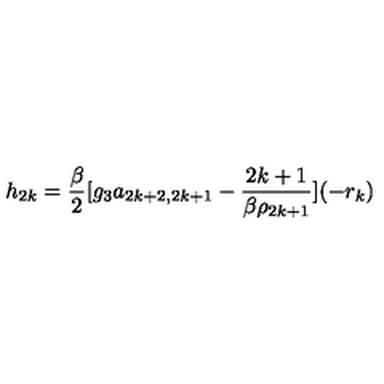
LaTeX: h _ { 2 k } = \frac { \beta } { 2 } [ g _ { 3 } a _ { 2 k + 2 , 2 k + 1 } - \frac { 2 k + 1 } { \beta \rho _ { 2 k + 1 } } ] ( - r _ { k } )